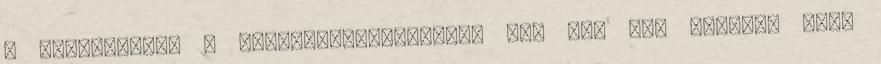
A rendszerben a rendszereszkozokben van egy DMA vezerlo sor.